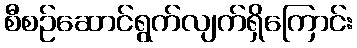
စီစဉ်ဆောင်ရွက်လျက်ရှိကြောင်း